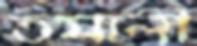
তমালী